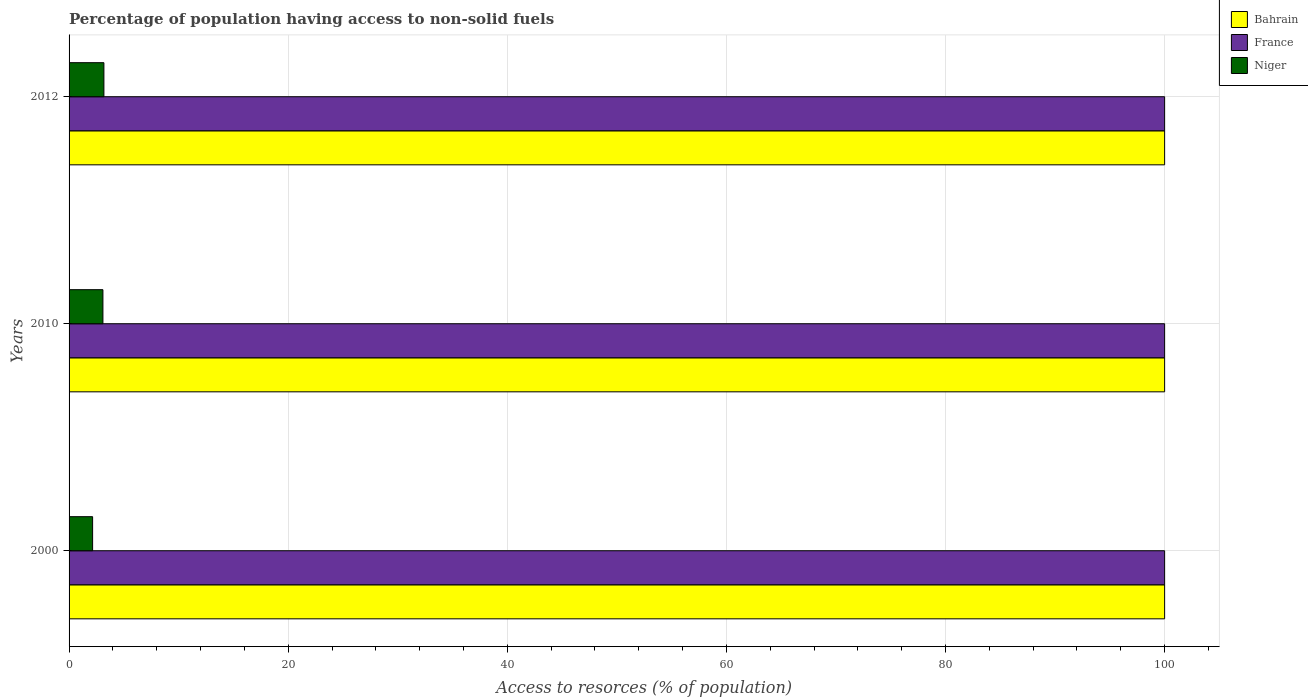
| Years | Bahrain | France | Niger |
 | --- | --- | --- | --- |
 | 2000 | 100 | 100 | 2.15 |
 | 2010 | 100 | 100 | 3.09 |
 | 2012 | 100 | 100 | 3.18 |